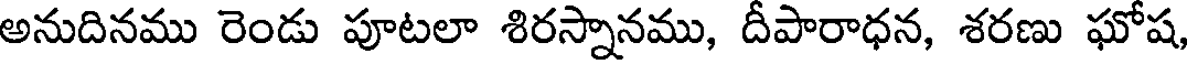
అనుదినము రెండు పూటలా శిరస్నానము, దీపారాధన, శరణు ఘోష